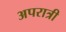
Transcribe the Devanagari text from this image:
अपरात्री